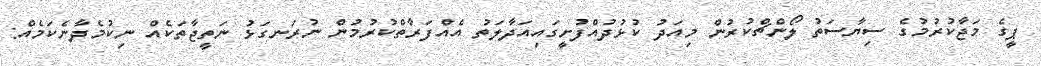
ޕީގެ މަޖާކުރުމުގެ ސިޔާސަތު ލޯންޗްކުރުން މިއަދު ކުޅުދުއްފުށީގައިއަދާލަތު އެއްފަރާތްކުރުމުން ނުރަނގަޅު ނަތީޖާތަކެއް ނިކުމެދާނެކަމެއް: